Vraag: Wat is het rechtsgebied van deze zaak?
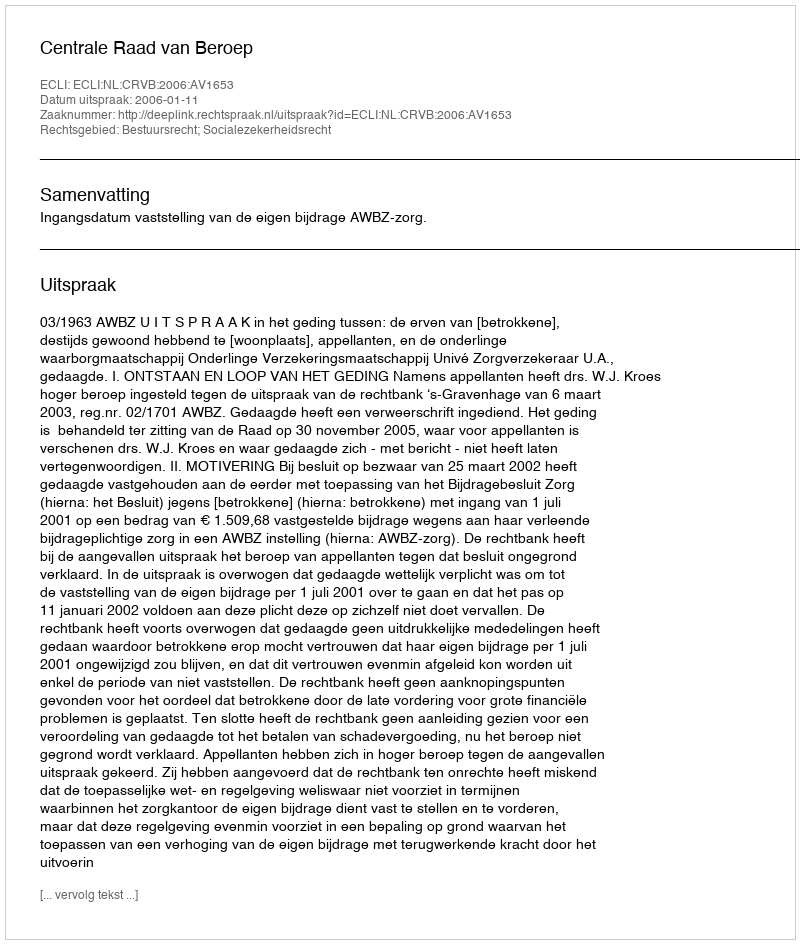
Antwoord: Bestuursrecht; Socialezekerheidsrecht